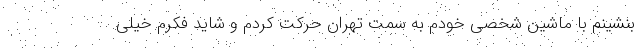
بنشینم با ماشین شخصی خودم به سمت تهران حرکت کردم و شاید فکرم خیلی